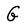
Character: G